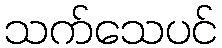
သက်သေပင်